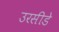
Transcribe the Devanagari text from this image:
उरसीडे